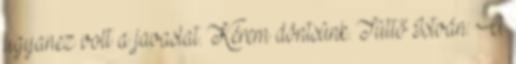
ugyanez volt a javaslat. Kérem döntsünk. Tüttő István: A